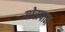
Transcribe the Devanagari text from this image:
गोरापान